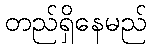
တည်ရှိနေမည်